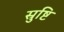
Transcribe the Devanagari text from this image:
स्रुष्टि